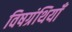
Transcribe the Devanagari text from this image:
विषग्रंथियाँ